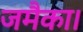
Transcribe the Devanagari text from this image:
जमैका।